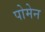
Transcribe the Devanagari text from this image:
पोमेन